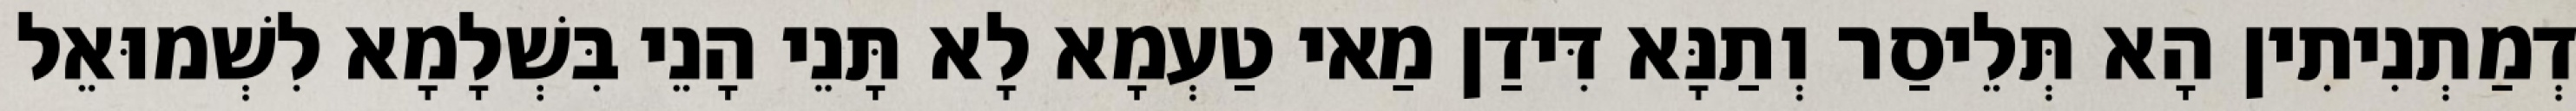
דְמַתְנִיתִין הָא תְּלֵיסַר וְתַנָּא דִּידַן מַאי טַעְמָא לָא תָּנֵי הָנֵי בִּשְׁלָמָא לִשְׁמוּאֵל